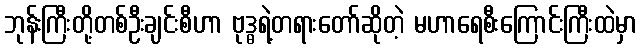
ဘုန်းကြီးတို့တစ်ဦးချင်းစီဟာ ဗုဒ္ဓရဲ့တရားတော်ဆိုတဲ့ မဟာရေစီးကြောင်းကြီးထဲမှာ